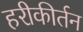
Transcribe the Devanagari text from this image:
हरीकीर्तन